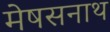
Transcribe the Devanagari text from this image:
मेषसनाथ